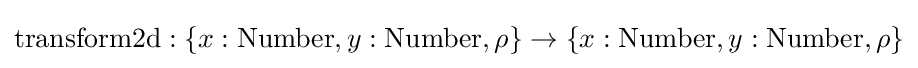
{\text{transform2d}}:\{x:{\text{Number}},y:{\text{Number}},\rho \}\to \{x:{\text{Number}},y:{\text{Number}},\rho \}